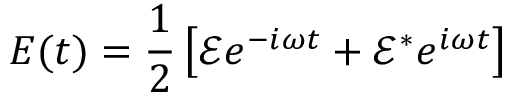
E ( t ) = \frac { 1 } { 2 } \left[ \mathcal { E } e ^ { - i ω t } + \mathcal { E } ^ { * } e ^ { i ω t } \right]